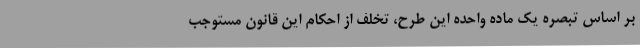
بر اساس تبصره یک ماده واحده این طرح، تخلف از احکام این قانون مستوجب